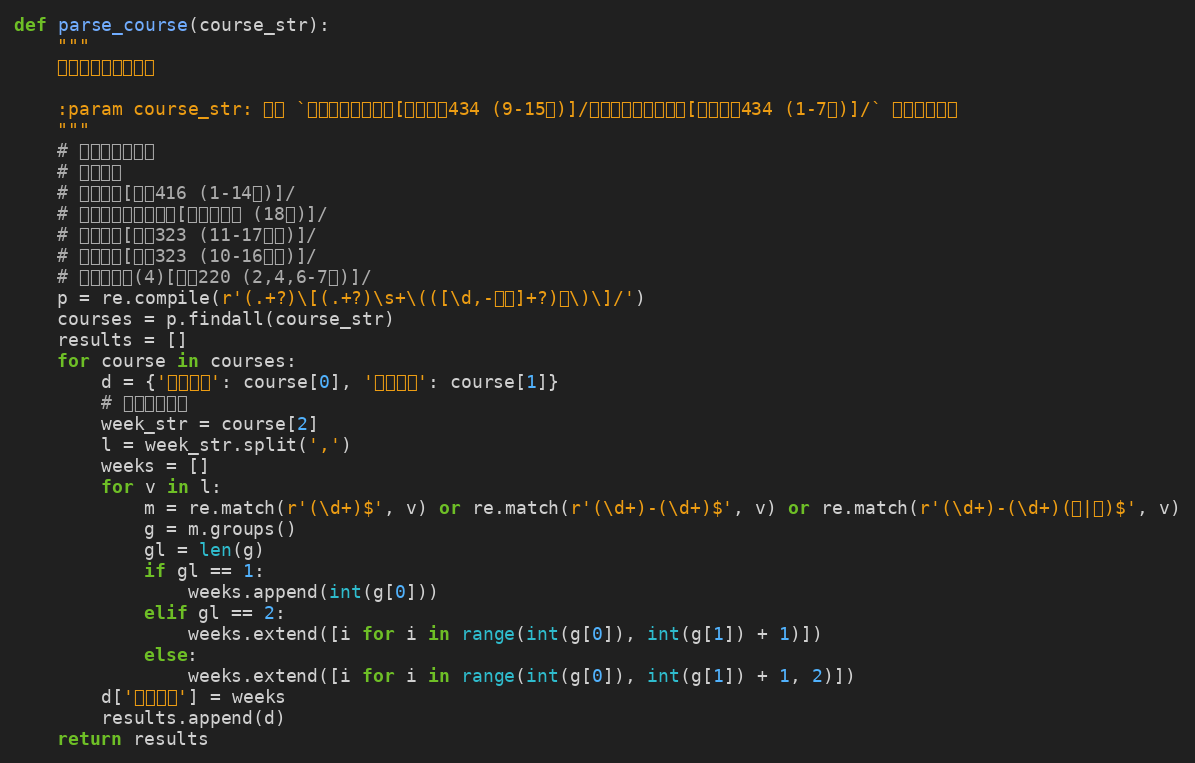
Language: Python
def parse_course(course_str):
    """
    解析课程表里的课程

    :param course_str: 形如 `单片机原理及应用[新安学堂434 (9-15周)]/数字图像处理及应用[新安学堂434 (1-7周)]/` 的课程表数据
    """
    # 解析课程单元格
    # 所有情况
    # 机械原理[一教416 (1-14周)]/
    # 程序与算法综合设计[不占用教室 (18周)]/
    # 财务管理[一教323 (11-17单周)]/
    # 财务管理[一教323 (10-16双周)]/
    # 形势与政策(4)[一教220 (2,4,6-7周)]/
    p = re.compile(r'(.+?)\[(.+?)\s+\(([\d,-单双]+?)周\)\]/')
    courses = p.findall(course_str)
    results = []
    for course in courses:
        d = {'课程名称': course[0], '课程地点': course[1]}
        # 解析上课周数
        week_str = course[2]
        l = week_str.split(',')
        weeks = []
        for v in l:
            m = re.match(r'(\d+)$', v) or re.match(r'(\d+)-(\d+)$', v) or re.match(r'(\d+)-(\d+)(单|双)$', v)
            g = m.groups()
            gl = len(g)
            if gl == 1:
                weeks.append(int(g[0]))
            elif gl == 2:
                weeks.extend([i for i in range(int(g[0]), int(g[1]) + 1)])
            else:
                weeks.extend([i for i in range(int(g[0]), int(g[1]) + 1, 2)])
        d['上课周数'] = weeks
        results.append(d)
    return results